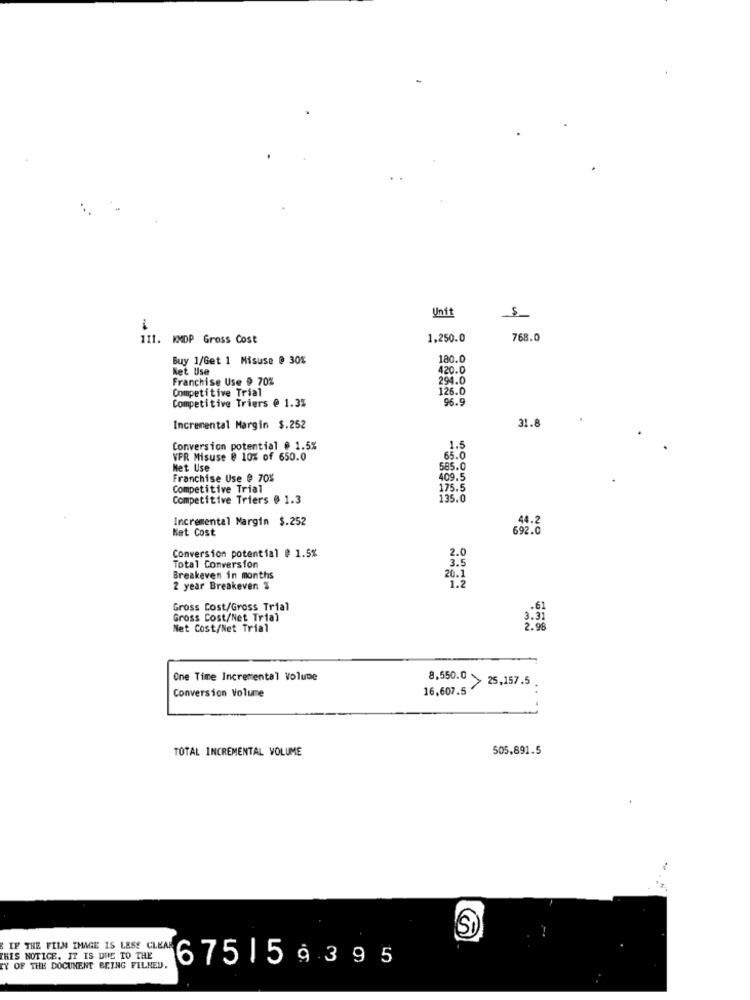
Unit
III. KMDP Gross Cost
1,250.0
768.0
Buy 1/Get 1 Misuse @ 30%
180.0
Net Use
420.0
Franchise Use # 70%
294.0
Competitive Trial
126.0
Competitive Triers @ 1.3%
96.9
31.8
Incremental Margin $.252
Conversion potential # 1.5%
1.5
VPR Misuse @ 10% of 650.0
65.0
Met Use
585.0
Franchise Use @ 70%
409.5
Competitive Trial
175.5
Competitive Triers @ 1.3
135.0
Incremental Margin $.252
44.2
Ket Cost
692.0
2.0
Conversion potential @ 1.5%
Total Conversion
3.5
Breakeven in months
20.1
1.2
2 year Breakeven %
Gross Cost/Gross Trial
.61
Gross Cost/Net Trial
3.31
Net Cost/Net Trial
2.9
One Time Incremental Volume
16,607.5
8,550.0 > 25,157.5.
..
Conversion Volume
TOTAL INCREMENTAL VOLUME
505,891.5
Sì
IF THE FILM IMAGE IS LESS CLEAR
THIS NOTICE. IT IS DUE TO THE
675159395
CY OF THE DOCUMENT BEING FILMED.